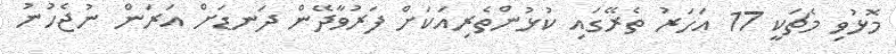
މޮޅުވި މެޗަކީ 17 އަހަރު ތެރޭގައި ކުޅުންތެރިއަކަށް ފަރުވާދޭން ދަނޑަށް އަރަން ނުޖެހުނު